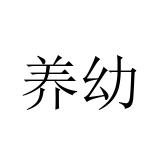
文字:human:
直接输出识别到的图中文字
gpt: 养幼